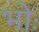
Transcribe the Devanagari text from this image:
भोः